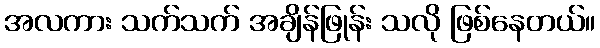
အလကား သက်သက် အချိန်ဖြုန်း သလို ဖြစ်နေတယ်။